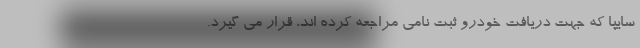
سایپا که جهت دریافت خودرو ثبت نامی مراجعه کرده اند، قرار می گیرد.